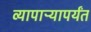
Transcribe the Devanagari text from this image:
व्यापाऱ्यापर्यंत